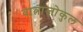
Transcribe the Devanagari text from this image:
वात्नाजोकुल